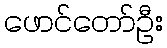
ဖောင်တော်ဦး